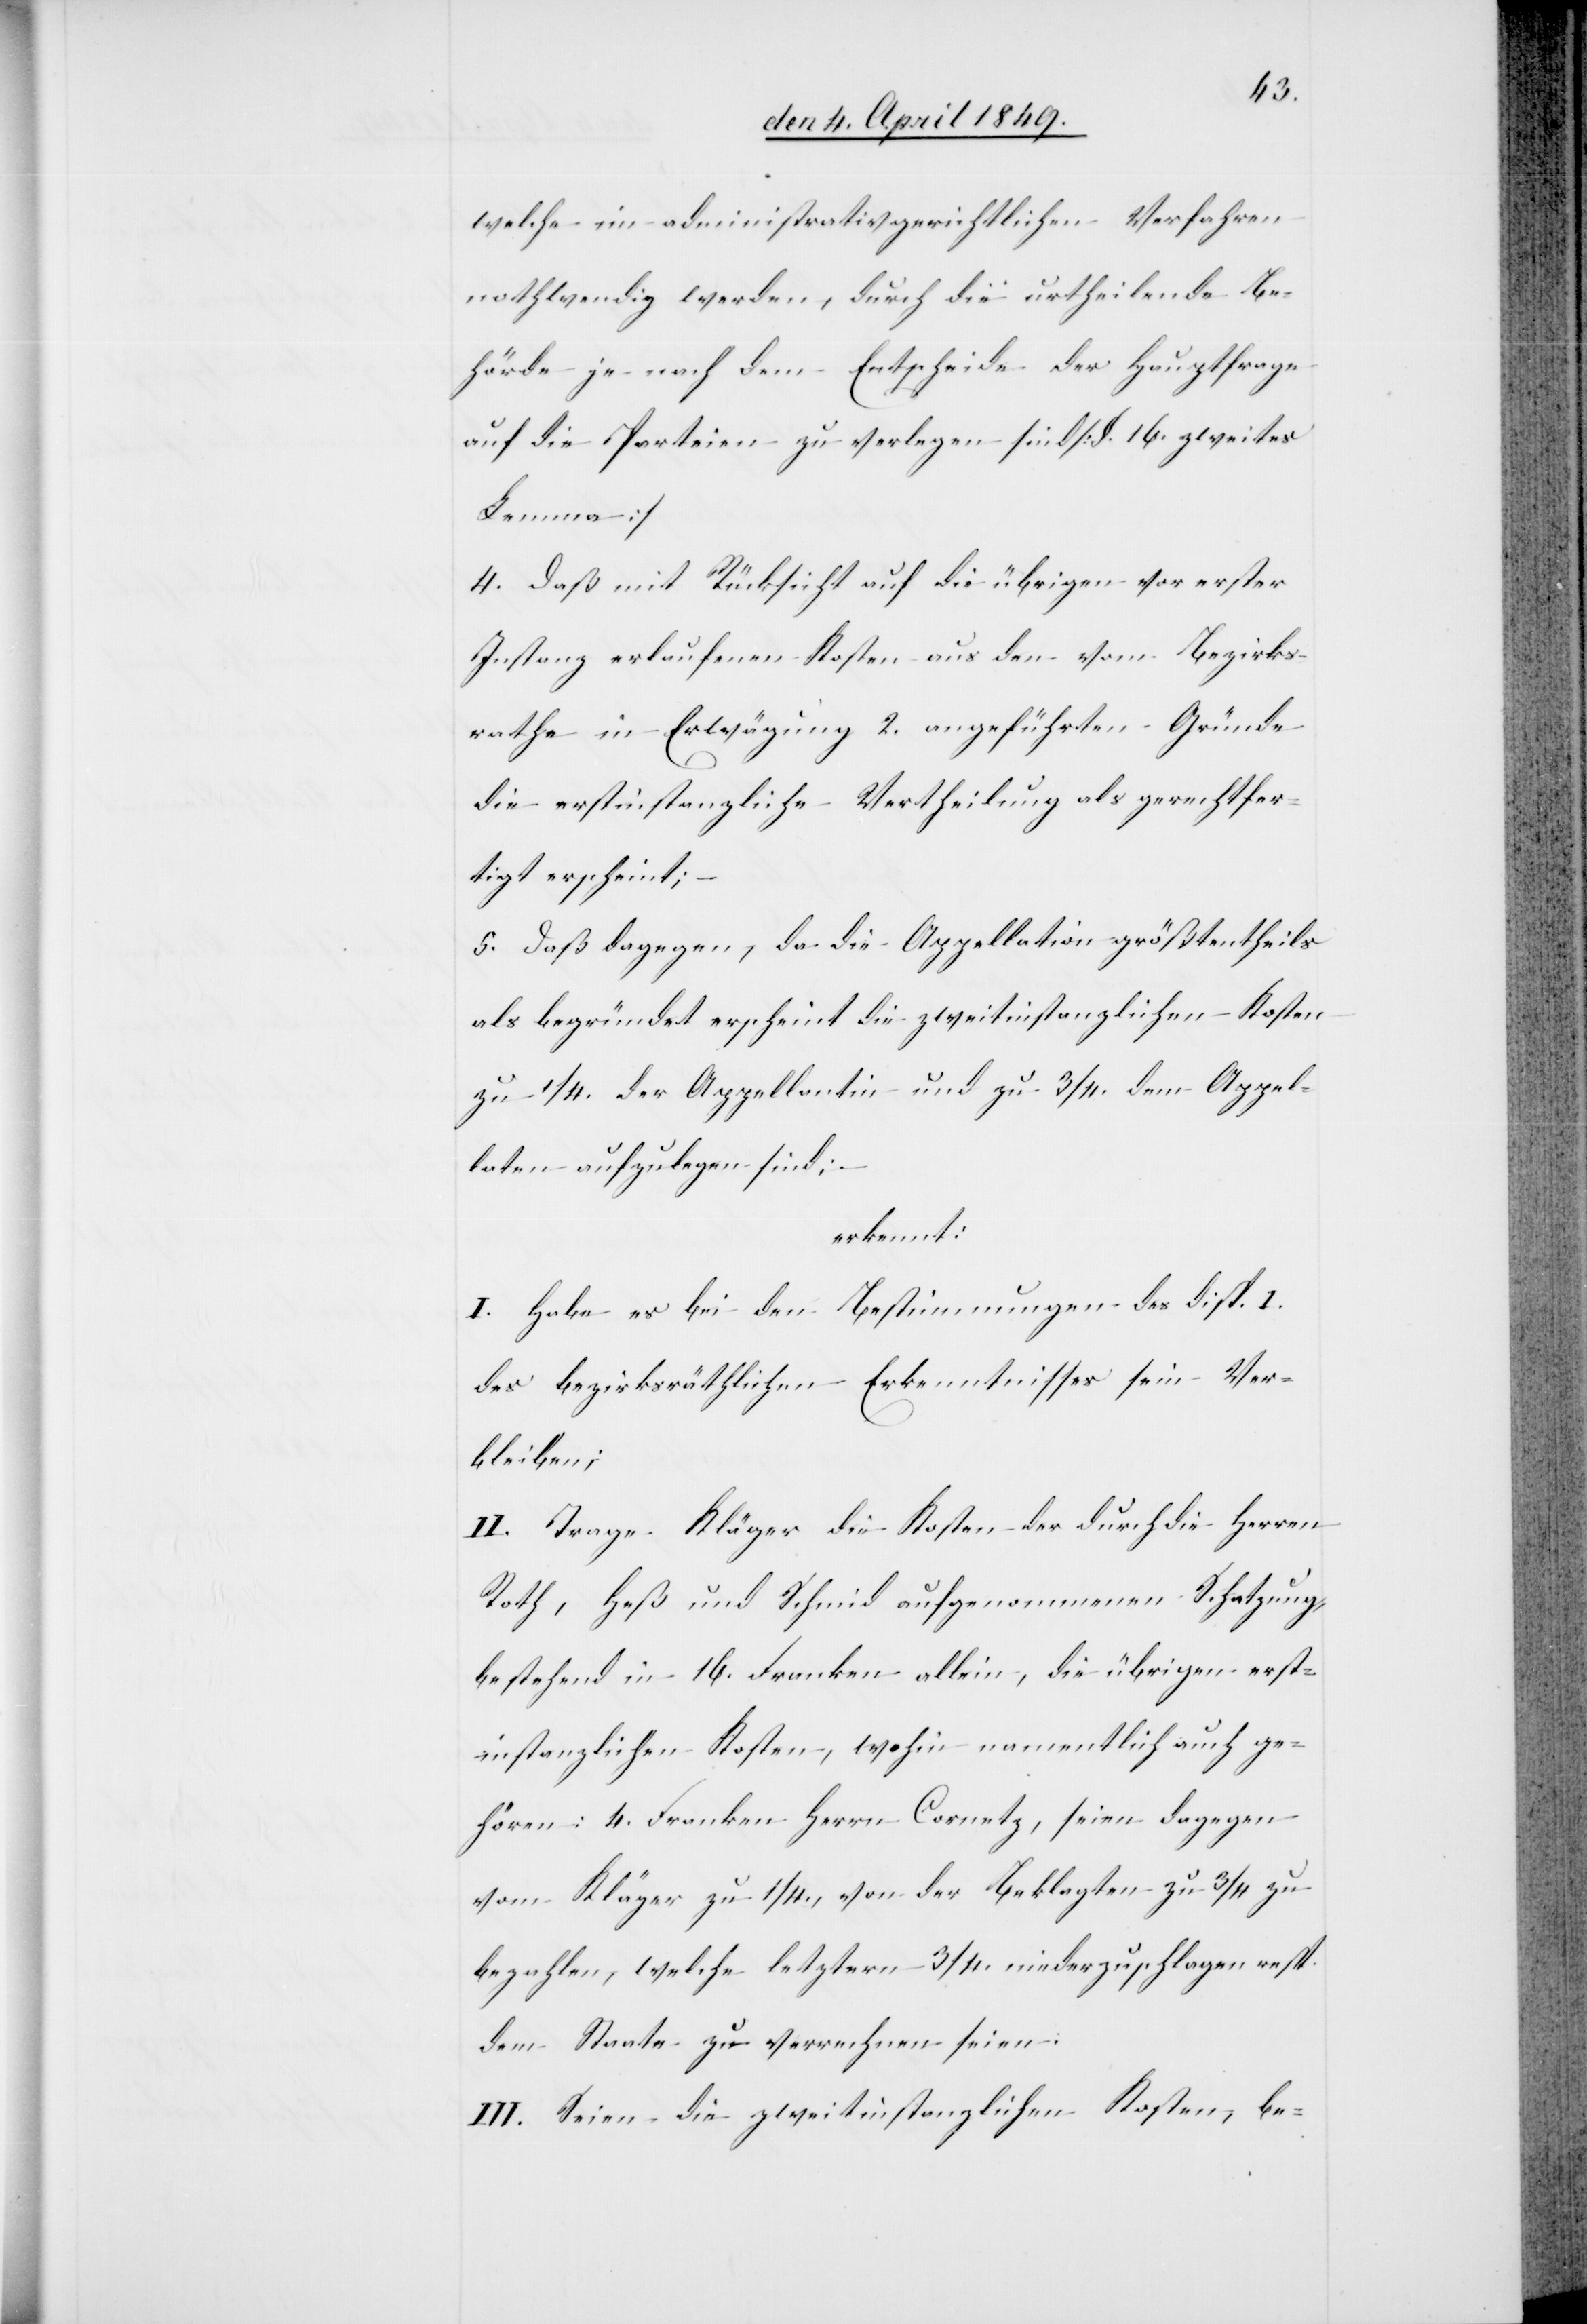
welche im administrativgerichtlichen Verfahren
nothwendig werden, durch die urtheilende Be¬
hörde je nach dem Entscheide der Hauptfrage
auf die Partheien zu verlegen sind [§. 16. zweites
Lemma]
4. Daß mit Rücksicht auf die übrigen vor erster
Instanz erlaufenen Kosten aus den vom Bezirks¬
rathe in Erwägung 2. angeführten Gründe
die erstinstanzliche Vertheilung als gerechtfer¬
tigt erscheint;
5. Daß dagegen, da die Appellation größtentheils
als begründet erscheint die zweitinstanzlichen Kosten
zu 1/4. der Appellantin und zu 3/4. dem Appel¬
laten aufzulegen sind;
erkennt:
I. Habe es bei den Bestimmungen des disp. 1.
des bezirksräthlichen Erkenntnisses sein Ver¬
bleiben;
II. Trage Kläger die Kosten der durch die Herren
Roth, Heß und Schmid aufgenommenen Schatzung,
bestehend in 16. Franken allein, die übrigen erst¬
instanzlichen Kosten, wohin namentlich auch ge¬
hören: 4. Franken. Herrn Cornetz [sic!], seien dagegen
vom Kläger zu 1/4., von der Beklagten zu 3/4 zu
bezahlen, welche letztern 3/4. niedergeschlagen resp.
dem Staate zu verrechnen seien:
III. Seien die zweitinstanzlichen Kosten, be-